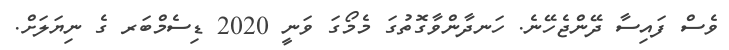
ވެސް ފައިސާ ދޭންޖެހޭނެ. ހަނދާންވާގޮތުގަ މެމޯގަ ވަނީ 2020 ޑިސެމްބަރ ގެ ނިޔަލަށް.